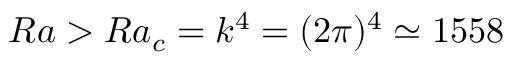
R a > R a _ { c } = k ^ { 4 } = ( 2 \pi ) ^ { 4 } \simeq 1 5 5 8